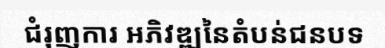
ជំរុញការ អភិវឌ្ឍនៃតំបន់ជនបទ